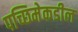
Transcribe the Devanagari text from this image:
पच्छिमेकडील